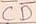
Text: CD